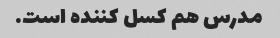
مدرس هم کسل کننده است.